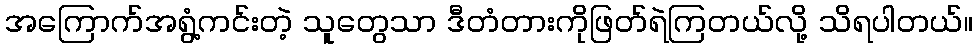
အကြောက်အရွံ့ကင်းတဲ့ သူတွေသာ ဒီတံတားကိုဖြတ်ရဲကြတယ်လို့ သိရပါတယ်။